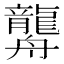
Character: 𦪿